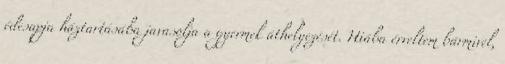
édesapja háztartásába javasolja a gyermek áthelyezését. Hiába érveltem bármivel,